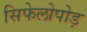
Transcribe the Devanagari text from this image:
सिफेलोपोड़